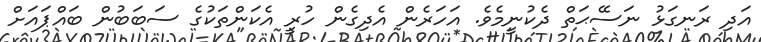
އަދި ރަނގަޅު ނަސޭޙަތް ދެކުނީމެވެ. އަހަރެން އެދިގެން ހުރީ އެކަންތަކުގެ ސަބަބުން ބައްޕައަށް